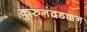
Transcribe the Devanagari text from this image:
कुरुनंदडक्कन